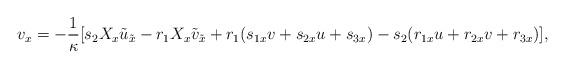
LaTeX: \begin{align*}v_x=-\frac{1}{\kappa}[s_2X_x\tilde{u}_{\tilde{x}}-r_1X_x\tilde{v}_{\tilde{x}}+r_1(s_{1x}v+s_{2x}u+s_{3x})-s_2(r_{1x}u+r_{2x}v+r_{3x})],\end{align*}